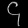
Digit: ၄